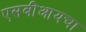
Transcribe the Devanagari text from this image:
एसबीआयचा